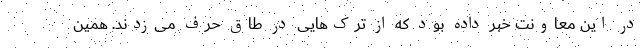
در این معاونت خبر داده بود که از ترک‌هایی در طاق حرف می‌زدند. همین